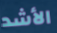
الأشد